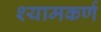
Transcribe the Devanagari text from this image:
श्यामकर्ण